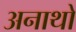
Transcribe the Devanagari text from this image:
अनाथो